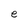
Character: e